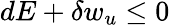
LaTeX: dE+\delta w_{u}\leq 0